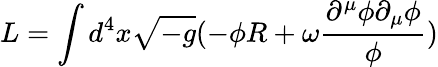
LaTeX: L=\int{d^{4}x\sqrt{-g}(-{\phi}R+{\omega}\frac{{\partial}^{\mu}{\phi}{\partial}_{\mu}{\phi}}{\phi})}